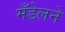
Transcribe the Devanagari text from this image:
मँडेलने